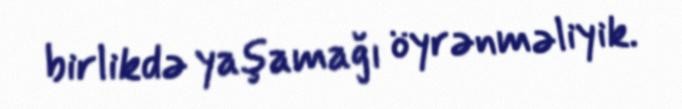
birlikdə yaşamağı öyrənməliyik.